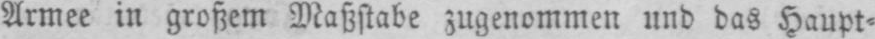
Armee in großem Maßstabe zugenommen und das Haupt⸗